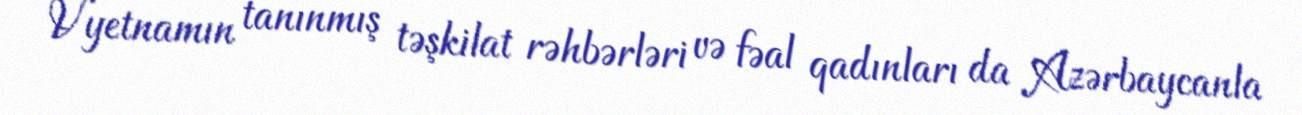
Vyetnamın tanınmış təşkilat rəhbərləri və fəal qadınları da Azərbaycanla